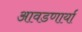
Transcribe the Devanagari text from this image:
आवडणार्या